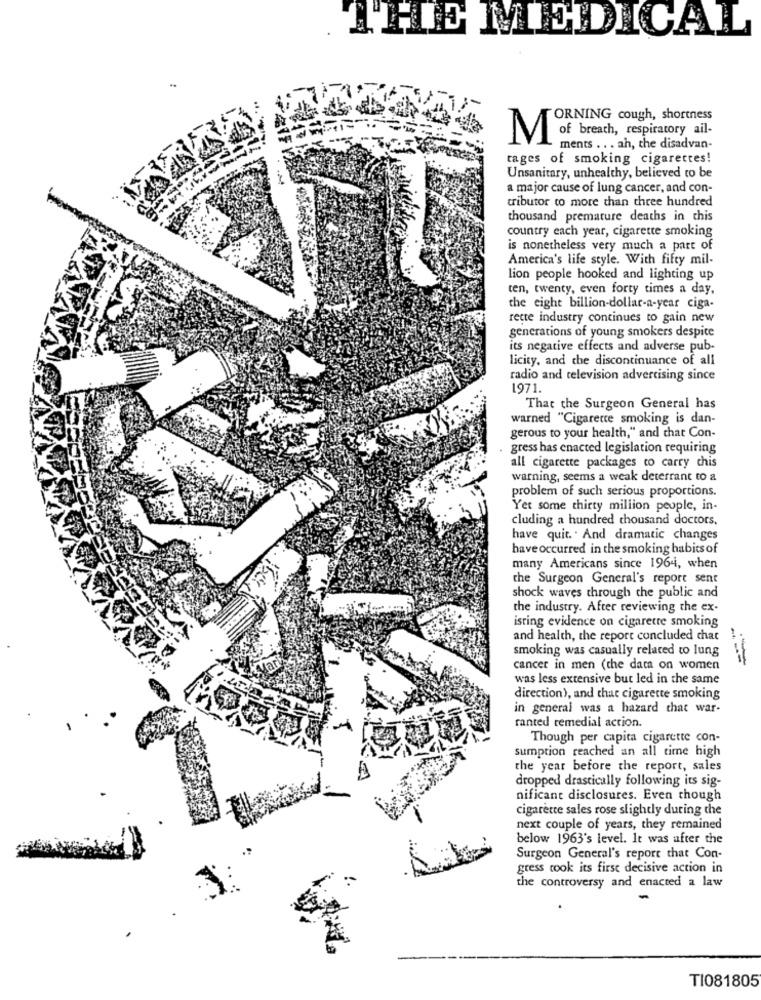
THE MEDICAL
FORNING cough, shortness
of breath, respiratory ail-
M
ments .. . ah, the disadvan-
tages of smoking cigarettes!
Unsanitary, unhealthy, believed to be
a major cause of lung cancer, and con-
tributor co more than three hundred
thousand premature deaths in this
country each year, cigarette smoking
is nonetheless very much a part of
America's life style. With fifty mil-
lion people hooked and lighting up
ten, twenty, even forty times a day,
the eight billion-dollar-a-year ciga-
rette industry continues to gain new
generations of young smokers despite
its negative effects and adverse pub-
licity, and the discontinuance of all
radio and television advertising since
1971.
That the Surgeon General has
warned "Cigarette smoking is dan-
gerous to your health," and that Con-
gress has enacted legislation requiring
all cigarette packages to carry chis
warning, seems a weak deterrant to a
problem of such serious proportions.
Yet some thirty million people, in-
cluding a hundred thousand doctors.
have quit. . And dramatic changes
have occurred in the smoking habits of
many Americans since 1964, when
the Surgeon General's report sent
shock waves through the public and
the industry. After reviewing the ex-
isting evidence on cigarette smoking
and health, the report concluded chat
smoking was casually related to lung
cancer in men (the data on women
was less extensive but led in the same
direction), and that cigarette smoking
in general was a hazard that war-
ranted remedial action.
Though per capita cigarette con-
sumption reached an all time high
the year before the report, sales
dropped drastically following its sig-
nificant disclosures. Even though
cigarette sales rose slightly during the
next couple of years, they remained
below 1963's level. It was after the
Surgeon General's report that Con-
gress took its first decisive action in
the controversy and enacted a law
TI081805